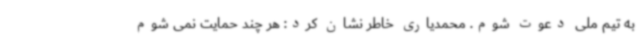
به تیم ملی دعوت شوم. محمدیاری خاطر نشان کرد: هر چند حمایت نمی شوم